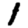
Digit: 1